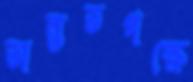
অন্ততপক্ষে